Problem: 23 + 10 = ?
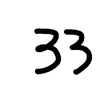
Handwritten answer: 33